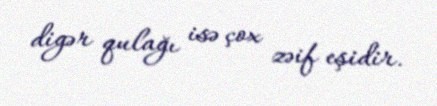
digər qulağı isə çox zəif eşidir.